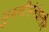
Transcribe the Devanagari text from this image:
गुरुजींसंबंधातील